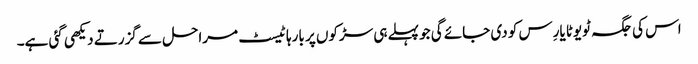
اس کی جگہ ٹویوٹا یارِس کو دی جائے گی جو پہلے ہی سڑکوں پر بارہا ٹیسٹ مراحل سے گزرتے دیکھی گئی ہے۔